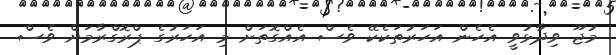
މުޖޫ ވިދާޅުވީ އެހެން އަހަރުތަކެކޭ ވެސް އެއްގޮތަށް މި އަހަރުގެ ޕްރޮގްރާމަށް ވެސް